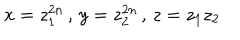
x = z _ { 1 } ^ { 2 n } \, , \, y = z _ { 2 } ^ { 2 n } \, , \, z = z _ { 1 } z _ { 2 }